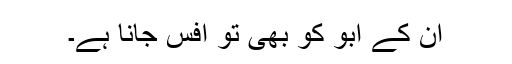
ان کے ابو کو بھی تو آفس جانا ہے۔